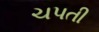
ચપતી